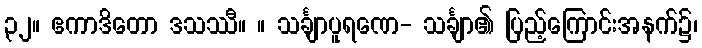
၃၂။ ဧကာဒိတော ဒသဿီ။ ။ သင်္ချာပူရဏေ- သင်္ချာ၏ ပြည့်ကြောင်းအနက်၌၊